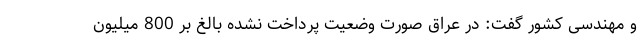
و مهندسی کشور گفت: در عراق صورت وضعیت پرداخت نشده بالغ بر 800 میلیون